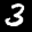
Label: 3